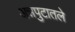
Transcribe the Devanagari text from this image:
अन्नपुटातले